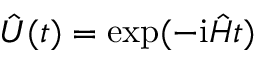
\hat { U } ( t ) = \exp ( - \mathrm { i } \hat { H } t )